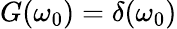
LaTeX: G(\omega_{0})=\delta(\omega_{0})